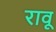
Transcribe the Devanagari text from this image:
रावू